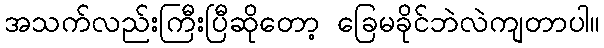
အသက်လည်းကြီးပြီဆိုတော့ ခြေမခိုင်ဘဲလဲကျတာပါ။